Code of medical and sanitary regulations for the guidance of medical officers serving in the Madras Presidency - Volume I
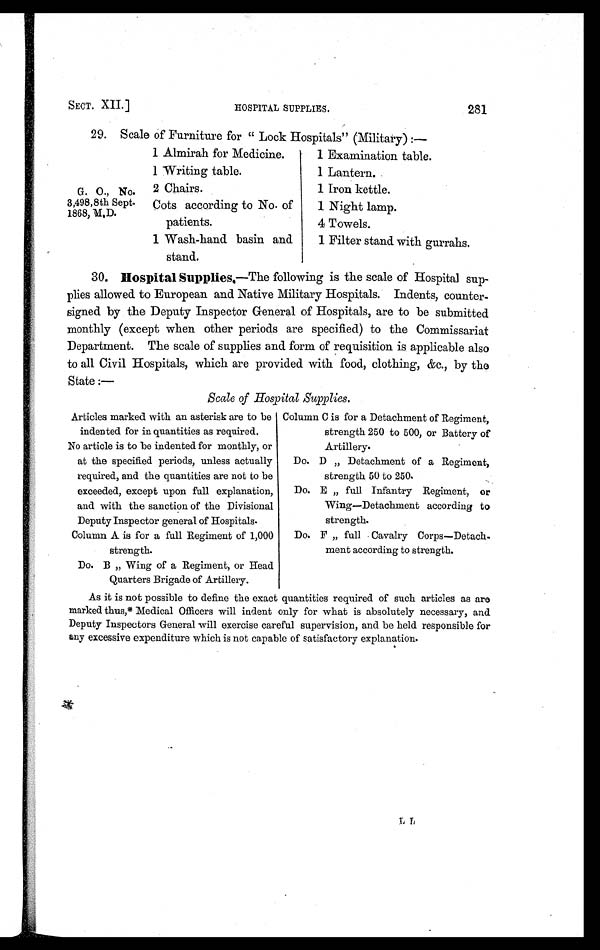
SECT. XII.]
HOSPITAL SUPPLIES.
281
G. O., No.
3,498,8th Sept.
1868, M.D.
29. Scale of Furniture for "Lock Hospitals" (Military):—
1 Almirah for Medicine.
1 Examination table.
1 Writing table.
1 Lantern.
2 Chairs.
1 Iron kettle.
Cots according to No. of
patients.
1 Night lamp.
4 Towels.
1 Wash-hand basin and
stand.
1 Filter stand with gurrahs.
30. Hospital Supplies.— The following is the scale of Hospital sup-
plies allowed to European and Native Military Hospitals. Indents, counter-
signed by the Deputy Inspector General of Hospitals, are to be submitted
monthly (except when other periods are specified) to the Commissariat
Department. The scale of supplies and form of requisition is applicable also
to all Civil Hospitals, which are provided with food, clothing, &c., by the
State:—
Scale of Hospital Supplies .
Articles marked with an asterisk are to be
indented for in quantities as required.
Column C is for a Detachment of Regiment,
strength 250 to 500, or Battery of
Artillery.
No article is to be indented for monthly, or
at the specified periods, unless actually
required, and the quantities are not to be
exceeded, except upon full explanation,
and with the sanction of the Divisional
Deputy Inspector general of Hospitals.
Do. D „ Detachment of a Regiment,
strength 50 to 250.
Do. E „ full Infantry Regiment, or
Wing—Detachment according to
strength.
Column A is for a full Regiment of 1,000
strength.
Do. F „ full Cavalry Corps—Detach-
meat according to strength.
Do. B „ Wing of a Regiment, or Head
Quarters Brigade of Artillery.
As it is not possible to define the exact quantities required of such articles as are
marked thus,* Medical Officers will indent only for what is absolutely necessary, and
Deputy Inspectors General will exercise careful supervision, and be held responsible for
any excessive expenditure which is not capable of satisfactory explanation.
L L